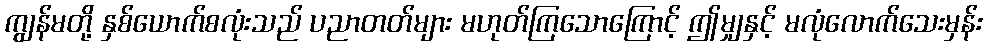
ကျွန်မတို့ နှစ်ယောက်စလုံးသည် ပညာတတ်များ မဟုတ်ကြသောကြောင့် ဤမျှနှင့် မလုံလောက်သေးမှန်း